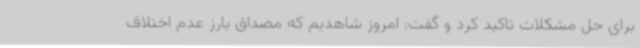
برای حل مشکلات تاکید کرد و گفت: امروز شاهدیم که‌ مصداق بارز عدم اختلاف